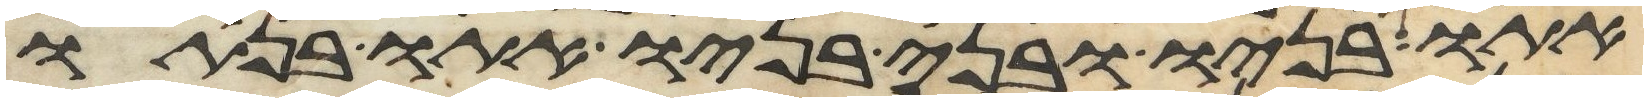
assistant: אתו בניו ובני בניו אתו בנתיו